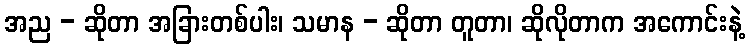
အည - ဆိုတာ အခြားတစ်ပါး၊ သမာန - ဆိုတာ တူတာ၊ ဆိုလိုတာက အကောင်းနဲ့